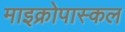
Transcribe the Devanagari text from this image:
माइक्रोपास्कल